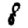
Digit: 8